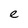
Character: e